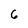
Character: 6